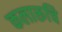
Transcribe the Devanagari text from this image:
कलारूचि